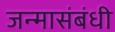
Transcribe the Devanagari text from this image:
जन्मासंबंधी